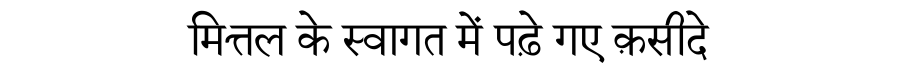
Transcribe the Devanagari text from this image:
मित्तल के स्वागत में पढ़े गए क़सीदे